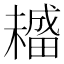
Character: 𤳡